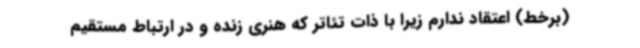
(برخط) اعتقاد ندارم زیرا با ذات تئاتر که هنری زنده و در ارتباط مستقیم